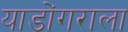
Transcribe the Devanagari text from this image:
याडोंगराला